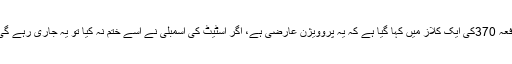
دفعہ 370کی ایک کلاز میں کہا گیا ہے کہ یہ پروویژن عارضی ہے، اگر اسٹیٹ کی اسمبلی نے اسے ختم نہ کیا تو یہ جاری رہے گی۔